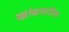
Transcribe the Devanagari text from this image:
खांबावरील